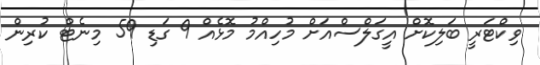
ވިކްޓަރީ ބަލިކޮށް އީގަލްސްއަށް މުހިއްމު މޮޅެއް 9 ގަޑި 59 މިނެޓް ކުރިން